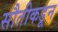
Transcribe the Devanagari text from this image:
सौतीकडून